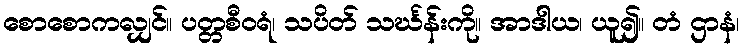
စောစောကလျှင်။ ပတ္တစီဝရံ၊ သပိတ် သင်္ဃန်းကို။ အာဒါယ၊ ယူ၍။ တံ ဌာနံ၊